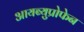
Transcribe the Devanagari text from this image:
आयब्युप्रोफेन